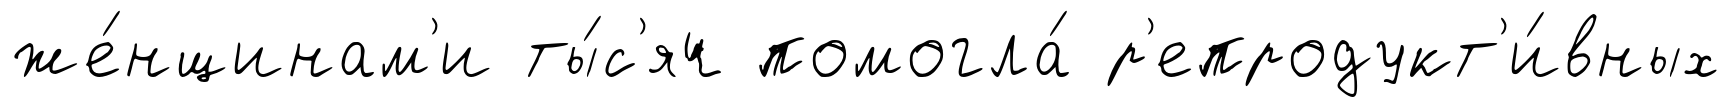
же́нщинам'и ты́с'яч помогла́ р'епродукт'и́вных